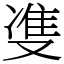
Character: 㕠